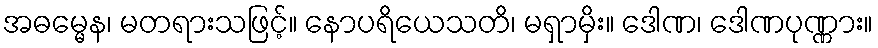
အဓမ္မေန၊ မတရားသဖြင့်။ နောပရိယေသတိ၊ မရှာမှိး။ ဒေါဏ၊ ဒေါဏပုဏ္ဏား။